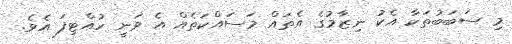
މި ސަބަބުތަކާ އެކު ނިޒާމުގެ އެތައް މަސައްކަތެއް އެ ވަނީ ހުއްޓިފަ އެވެ.